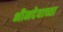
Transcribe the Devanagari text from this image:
भीमदेवाच्या